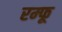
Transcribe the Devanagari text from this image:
रम्फू